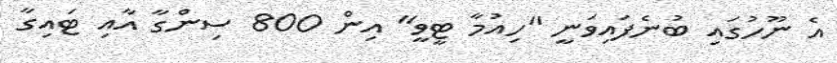
އެ ނޫހުގައި ބުނެފައިވަނީ "ހިއުމާ ޓީވީ" އިން 800 ސިންގާ އާއި ޓައިގާ